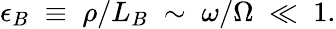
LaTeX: \epsilon_{B}\; \equiv\; \rho/L_{B}\; \sim\; \omega/\Omega\; \ll\; 1.